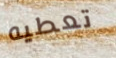
تعطيه